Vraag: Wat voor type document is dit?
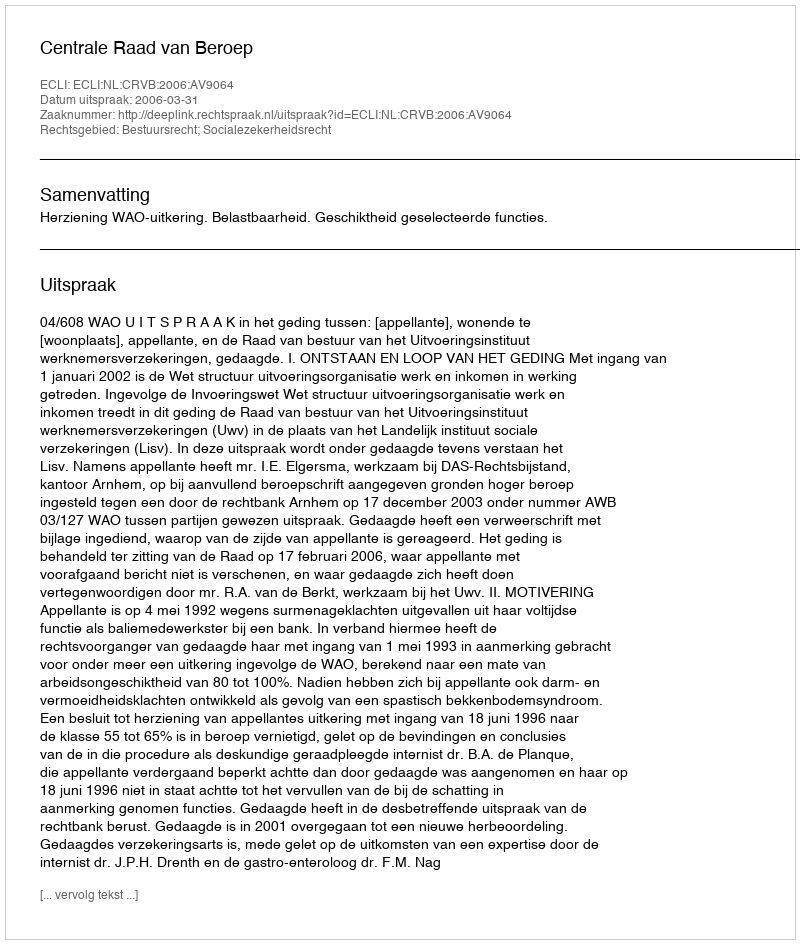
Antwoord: Uitspraak